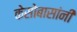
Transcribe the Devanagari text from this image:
केसोबासांनी